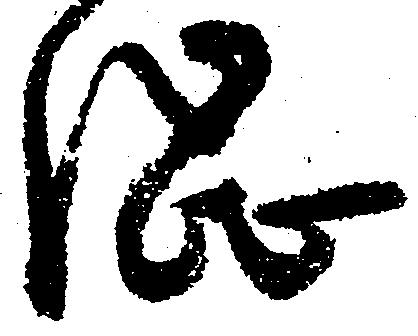
渋